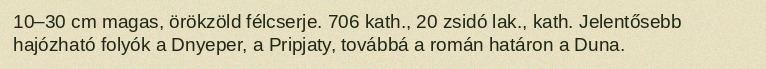
10–30 cm magas, örökzöld félcserje. 706 kath., 20 zsidó lak., kath. Jelentősebb hajózható folyók a Dnyeper, a Pripjaty, továbbá a román határon a Duna.